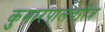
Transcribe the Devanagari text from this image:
कुमारपालचरित्र